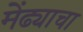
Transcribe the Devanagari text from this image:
मेंढ्याचा